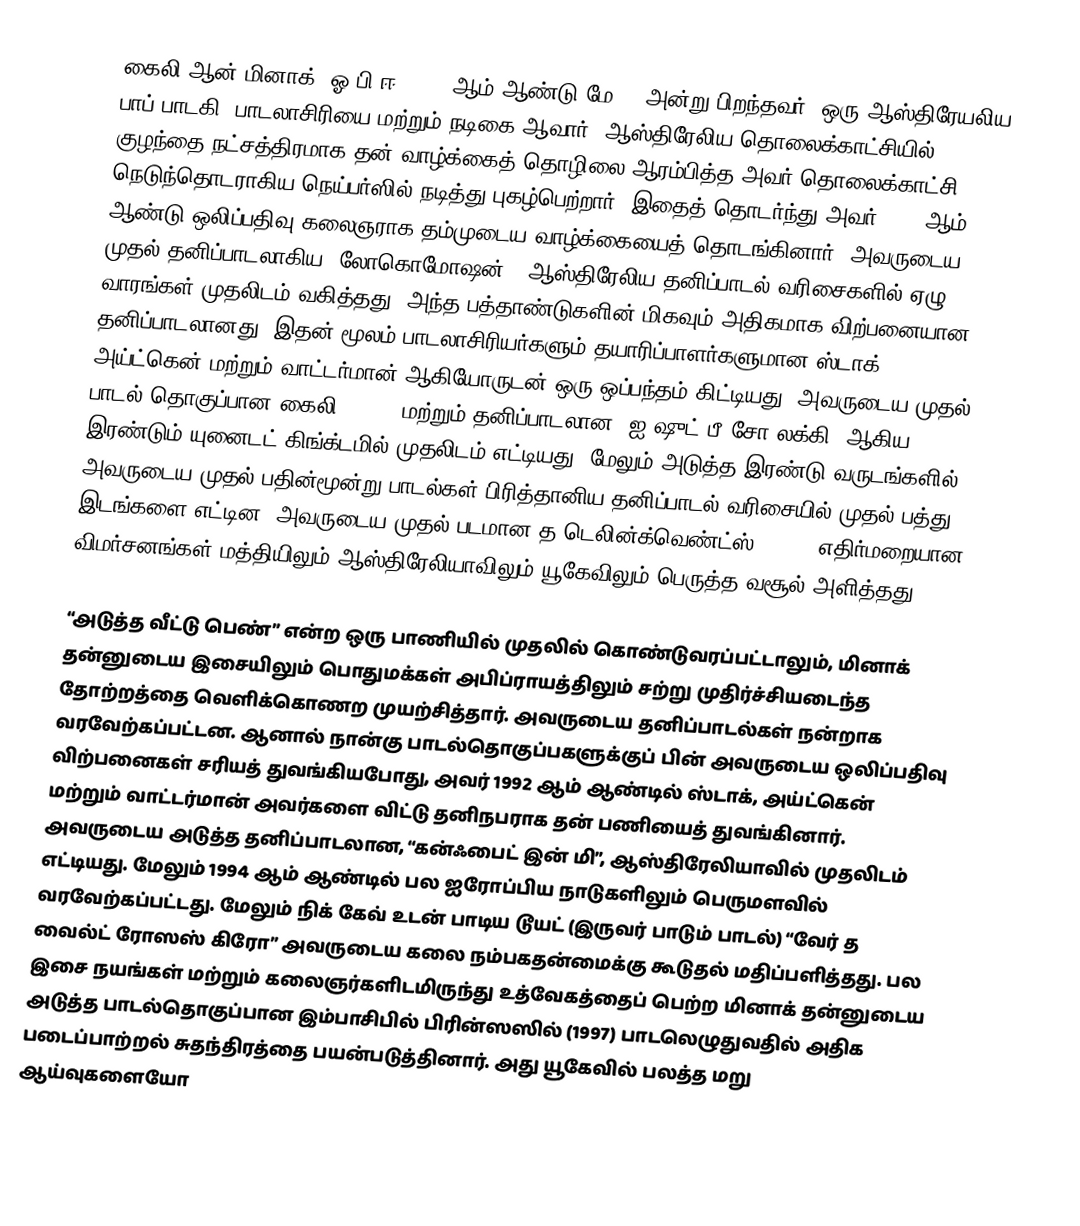
கைலி ஆன் மினாக், ஓ.பி.ஈ (1968 ஆம் ஆண்டு மே 28 அன்று பிறந்தவர்) ஒரு ஆஸ்திரேயலிய பாப் பாடகி, பாடலாசிரியை மற்றும் நடிகை ஆவார். ஆஸ்திரேலிய தொலைக்காட்சியில் குழந்தை நட்சத்திரமாக தன் வாழ்க்கைத் தொழிலை ஆரம்பித்த அவர் தொலைக்காட்சி நெடுந்தொடராகிய நெய்பர்ஸில் நடித்து புகழ்பெற்றார். இதைத் தொடர்ந்து அவர் 1987 ஆம் ஆண்டு ஒலிப்பதிவு கலைஞராக தம்முடைய வாழ்க்கையைத் தொடங்கினார். அவருடைய முதல் தனிப்பாடலாகிய “லோகொமோஷன்”, ஆஸ்திரேலிய தனிப்பாடல் வரிசைகளில் ஏழு வாரங்கள் முதலிடம் வகித்தது. அந்த பத்தாண்டுகளின் மிகவும் அதிகமாக விற்பனையான தனிப்பாடலானது. இதன் மூலம் பாடலாசிரியர்களும் தயாரிப்பாளர்களுமான ஸ்டாக், அய்ட்கென் மற்றும் வாட்டர்மான் ஆகியோருடன் ஒரு ஒப்பந்தம் கிட்டியது. அவருடைய முதல் பாடல் தொகுப்பான கைலி (1988) மற்றும் தனிப்பாடலான “ஐ ஷுட் பீ சோ லக்கி” ஆகிய இரண்டும் யுனைடட் கிங்க்டமில் முதலிடம் எட்டியது. மேலும் அடுத்த இரண்டு வருடங்களில், அவருடைய முதல் பதின்மூன்று பாடல்கள் பிரித்தானிய தனிப்பாடல் வரிசையில் முதல் பத்து இடங்களை எட்டின. அவருடைய முதல் படமான த டெலின்க்வெண்ட்ஸ் (1989) எதிர்மறையான விமர்சனங்கள் மத்தியிலும் ஆஸ்திரேலியாவிலும் யூகேவிலும் பெருத்த வசூல் அளித்தது.

“அடுத்த வீட்டு பெண்” என்ற ஒரு பாணியில் முதலில் கொண்டுவரப்பட்டாலும், மினாக் தன்னுடைய இசையிலும் பொதுமக்கள் அபிப்ராயத்திலும் சற்று முதிர்ச்சியடைந்த தோற்றத்தை வெளிக்கொணற முயற்சித்தார். அவருடைய தனிப்பாடல்கள் நன்றாக வரவேற்கப்பட்டன. ஆனால் நான்கு பாடல்தொகுப்பகளுக்குப் பின் அவருடைய ஒலிப்பதிவு விற்பனைகள் சரியத் துவங்கியபோது, அவர் 1992 ஆம் ஆண்டில் ஸ்டாக், அய்ட்கென் மற்றும் வாட்டர்மான் அவர்களை விட்டு தனிநபராக தன் பணியைத் துவங்கினார். அவருடைய அடுத்த தனிப்பாடலான, “கன்ஃபைட் இன் மி”, ஆஸ்திரேலியாவில் முதலிடம் எட்டியது. மேலும் 1994 ஆம் ஆண்டில் பல ஐரோப்பிய நாடுகளிலும் பெருமளவில் வரவேற்கப்பட்டது. மேலும் நிக் கேவ் உடன் பாடிய டூயட் (இருவர் பாடும் பாடல்) “வேர் த வைல்ட் ரோஸஸ் கிரோ” அவருடைய கலை நம்பகதன்மைக்கு கூடுதல் மதிப்பளித்தது. பல இசை நயங்கள் மற்றும் கலைஞர்களிடமிருந்து உத்வேகத்தைப் பெற்ற மினாக் தன்னுடைய அடுத்த பாடல்தொகுப்பான இம்பாசிபில் பிரின்ஸஸில் (1997) பாடலெழுதுவதில் அதிக படைப்பாற்றல் சுதந்திரத்தை பயன்படுத்தினார். அது யூகேவில் பலத்த மறு ஆய்வுகளையோ